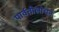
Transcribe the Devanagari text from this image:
पार्वतीलोचन